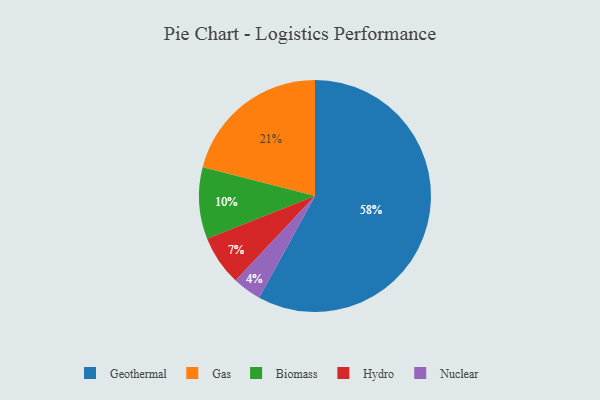
{"axis": {"x": "Category", "y": "Percentage"}, "legend": ["Biomass", "Gas", "Geothermal", "Hydro", "Nuclear"], "data": [{"x": "Biomass", "y": 10, "type": "Biomass"}, {"x": "Geothermal", "y": 58, "type": "Geothermal"}, {"x": "Nuclear", "y": 4, "type": "Nuclear"}, {"x": "Gas", "y": 21, "type": "Gas"}, {"x": "Hydro", "y": 7, "type": "Hydro"}]}